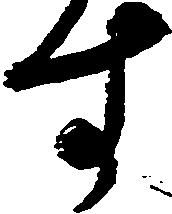
す